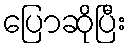
ပြောဆိုပြီး